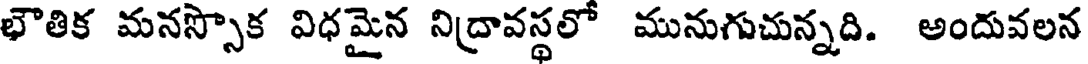
భౌతిక మనస్సొక విధమైన నిద్రావస్థలో మునుగుచున్నది. అందువలన